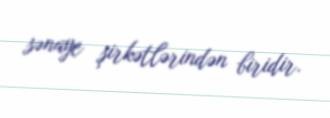
sənaye şirkətlərindən biridir.